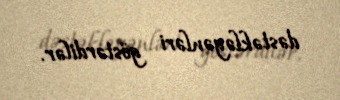
dəstəkləyənləri göstərdilər.